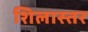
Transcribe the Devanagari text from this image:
शिलास्तर